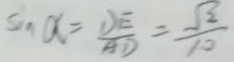
a = \frac { D E } { A D } = \frac { \sqrt { 2 } } { 1 0 }